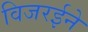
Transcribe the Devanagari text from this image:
विजरईने